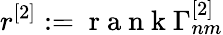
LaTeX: r^{[2]}:=\mathrm{~r~a~n~k~}\Gamma_{nm}^{[2]}